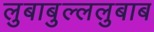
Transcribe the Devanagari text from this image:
लुबाबुल्ललुबाब